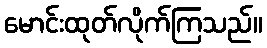
မောင်းထုတ်လိုက်ကြသည်။